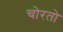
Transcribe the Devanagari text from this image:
चोरतो